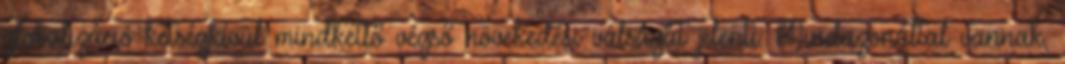
globalizáció kétségkívül mindkettő végső növekedési válságát jelenti. Mindazonáltal vannak,